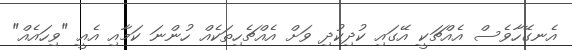
އެނގޭހާވެސް އެއްޗަކީ އޭގައި ކުދިކުދި ވަށް އެއްޗެހިތަކެއް ހުންނަ ކަމާއި އެއީ "ވިހައެއް"